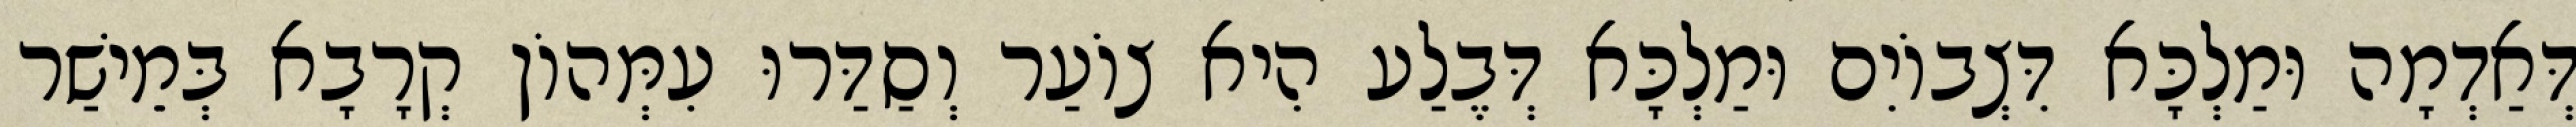
דְּאַדְמָה וּמַלְכָּא דִּצְבוֹיִם וּמַלְכָּא דְּבֶלַע הִיא צוֹעַר וְסַדַּרוּ עִמְּהוֹן קְרָבָא בְּמֵישַׁר